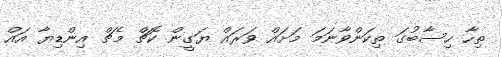
ތިހާ ހިސާބުގަ ތިކަންވާނަމަ މަށައް ވަރައް ޔަގީން ކޮޗް މެޗް އިންޑިޔާ އައް